Civil Veterinary Department. Madras. Admin. report 1926-33 - 1926-1933
Year: 1926
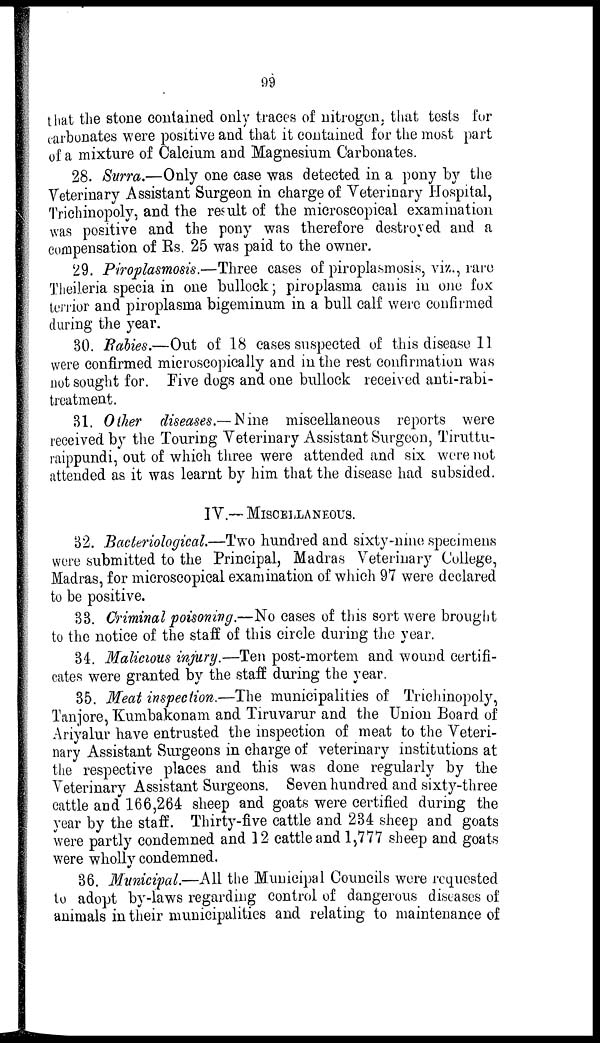
99
that the stone contained only traces of nitrogen, that tests for
carbonates were positive and that it contained for the most part
of a mixture of Calcium and Magnesium Carbonates.
28. Surra.—Only one case was detected in a pony by the
Veterinary Assistant Surgeon in charge of Veterinary Hospital,
Trichinopoly, and the result of the microscopical examination
was positive and the pony was therefore destroyed and a
compensation of Rs. 25 was paid to the owner.
29. Piroplasmosis.—Three cases of piroplasmosis, viz.., rare
Theileria specia in one bullock; piroplasma canis in one fox
terrior and piroplasma bigeminum in a. bull calf were confirmed
during the year.
30. Rabies.—Out of 18 cases suspected of this disease 11
were confirmed microscopically and in the rest confirmation was
not sought for. Five dogs and one bullock received anti-rabi-
treatment.
31. Other diseases.— Nine miscellaneous reports were
received by the Touring Veterinary Assistant Surgeon, Tiruttu-
raippundi, out of which three were attended and six were not
attended as it was learnt by him that the disease had subsided.
IV.— MISCELLANEOUS.
32. Bacteriological.—Two hundred and sixty-nine specimens
were submitted to the Principal, Madras Veterinary College,
Madras, for microscopical examination of which 97 were declared
to be positive.
33. Criminal poisoning.—No cases of this sort were brought
to the notice of the staff of this circle during the year.
34. Malicious injury.—Ten post-mortem and wound certifi-
cates were granted by the staff during the year.
35. Meat inspection.—The municipalities of Trichinopoly,
Tanjore, Kumbakonam and Tiruvarur and the Union Board of
Ariyalur have entrusted the inspection of meat to the Veteri-
nary Assistant Surgeons in charge of veterinary institutions at
the respective places and this was done regularly by the
Veterinary Assistant Surgeons. Seven hundred and sixty-three
cattle and 166,264 sheep and goats were certified during the
year by the staff. Thirty-five cattle and 234 sheep and goats
were partly condemned and 12 cattle and 1,777 sheep and goats
were wholly condemned.
36. Municipal.—All the Municipal Councils were requested
to adopt by-laws regarding control of dangerous diseases of
animals in their municipalities and relating to maintenance of